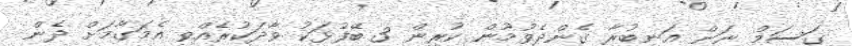
ގަސަމް ނަން އަނބުރާ ގެންދެވުމުން ކުރިން 3 ބޭފުޅަކު ވާދަކުރެއްވި އެމަގާމަށް ދެން